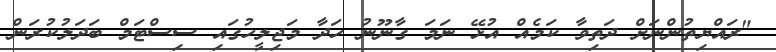
"ރައްޔިތުންނަށް ދަތިވާ ކަމެއް އުޅޭ ނަމަ ގާނޫނު ހަދާ މަޖިލީހުގައި ސިސްޓަމް ބަދަލުކުރަން